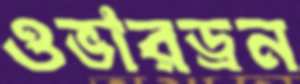
ওভারড্রন